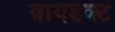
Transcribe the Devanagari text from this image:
वायडक्ट